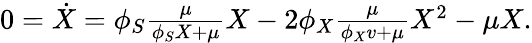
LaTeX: \begin{array}{r}{0=\dot{X}=\phi_{S}\frac{\mu}{\phi_{S}X+\mu}X-2\phi_{X}\frac{\mu}{\phi_{X}v+\mu}X^{2}-\mu X.}\end{array}